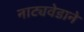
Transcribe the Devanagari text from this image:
नाट्यवेडाने